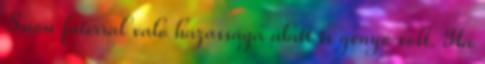
Snow faterral való házassága alatt is genyó volt. Ha